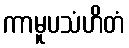
ကာမူပသံဟိတံ